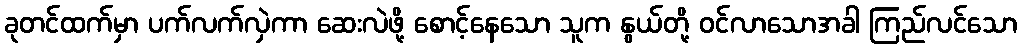
ခုတင်ထက်မှာ ပက်လက်လှဲကာ ဆေးလဲဖို့ စောင့်နေသော သူက နွယ်တို့ ဝင်လာသောအခါ ကြည်လင်သော